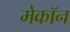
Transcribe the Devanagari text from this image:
मेकॉन